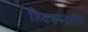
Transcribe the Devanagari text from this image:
शिक्षणपद्धतीची